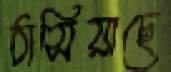
ঠাসিয়াছে